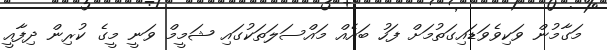
މަގާމުން ވަކިވެވަޑައިގަތުމަށް ފަހު ބައެއް މައްސަލަތަކުގައި ޝަމީމް ވަނީ މީގެ ކުރިން ދިފާއީ